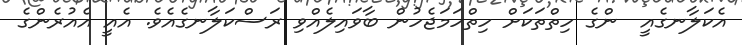
އެކަލާނގެއީ  ންގެ ހިތްތަކަށް ހިތްހަމަޖެހުން ބާވައިލެއްވި ރަސްކަލާނގެއެވެ. އެއީ އެއުރެންގެ